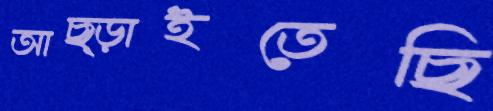
আছ্‌ড়াইতেছি